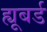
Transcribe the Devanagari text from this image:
ह्यूबर्ड